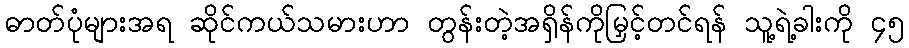
ဓာတ်ပုံများအရ ဆိုင်ကယ်သမားဟာ တွန်းတဲ့အရှိန်ကိုမြှင့်တင်ရန် သူ့ရဲ့ခါးကို ၄၅